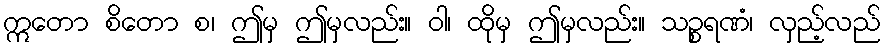
ဣတော စိတော စ၊ ဤမှ ဤမှလည်း။ ဝါ၊ ထိုမှ ဤမှလည်း။ သဉ္စရဏံ၊ လှည့်လည်